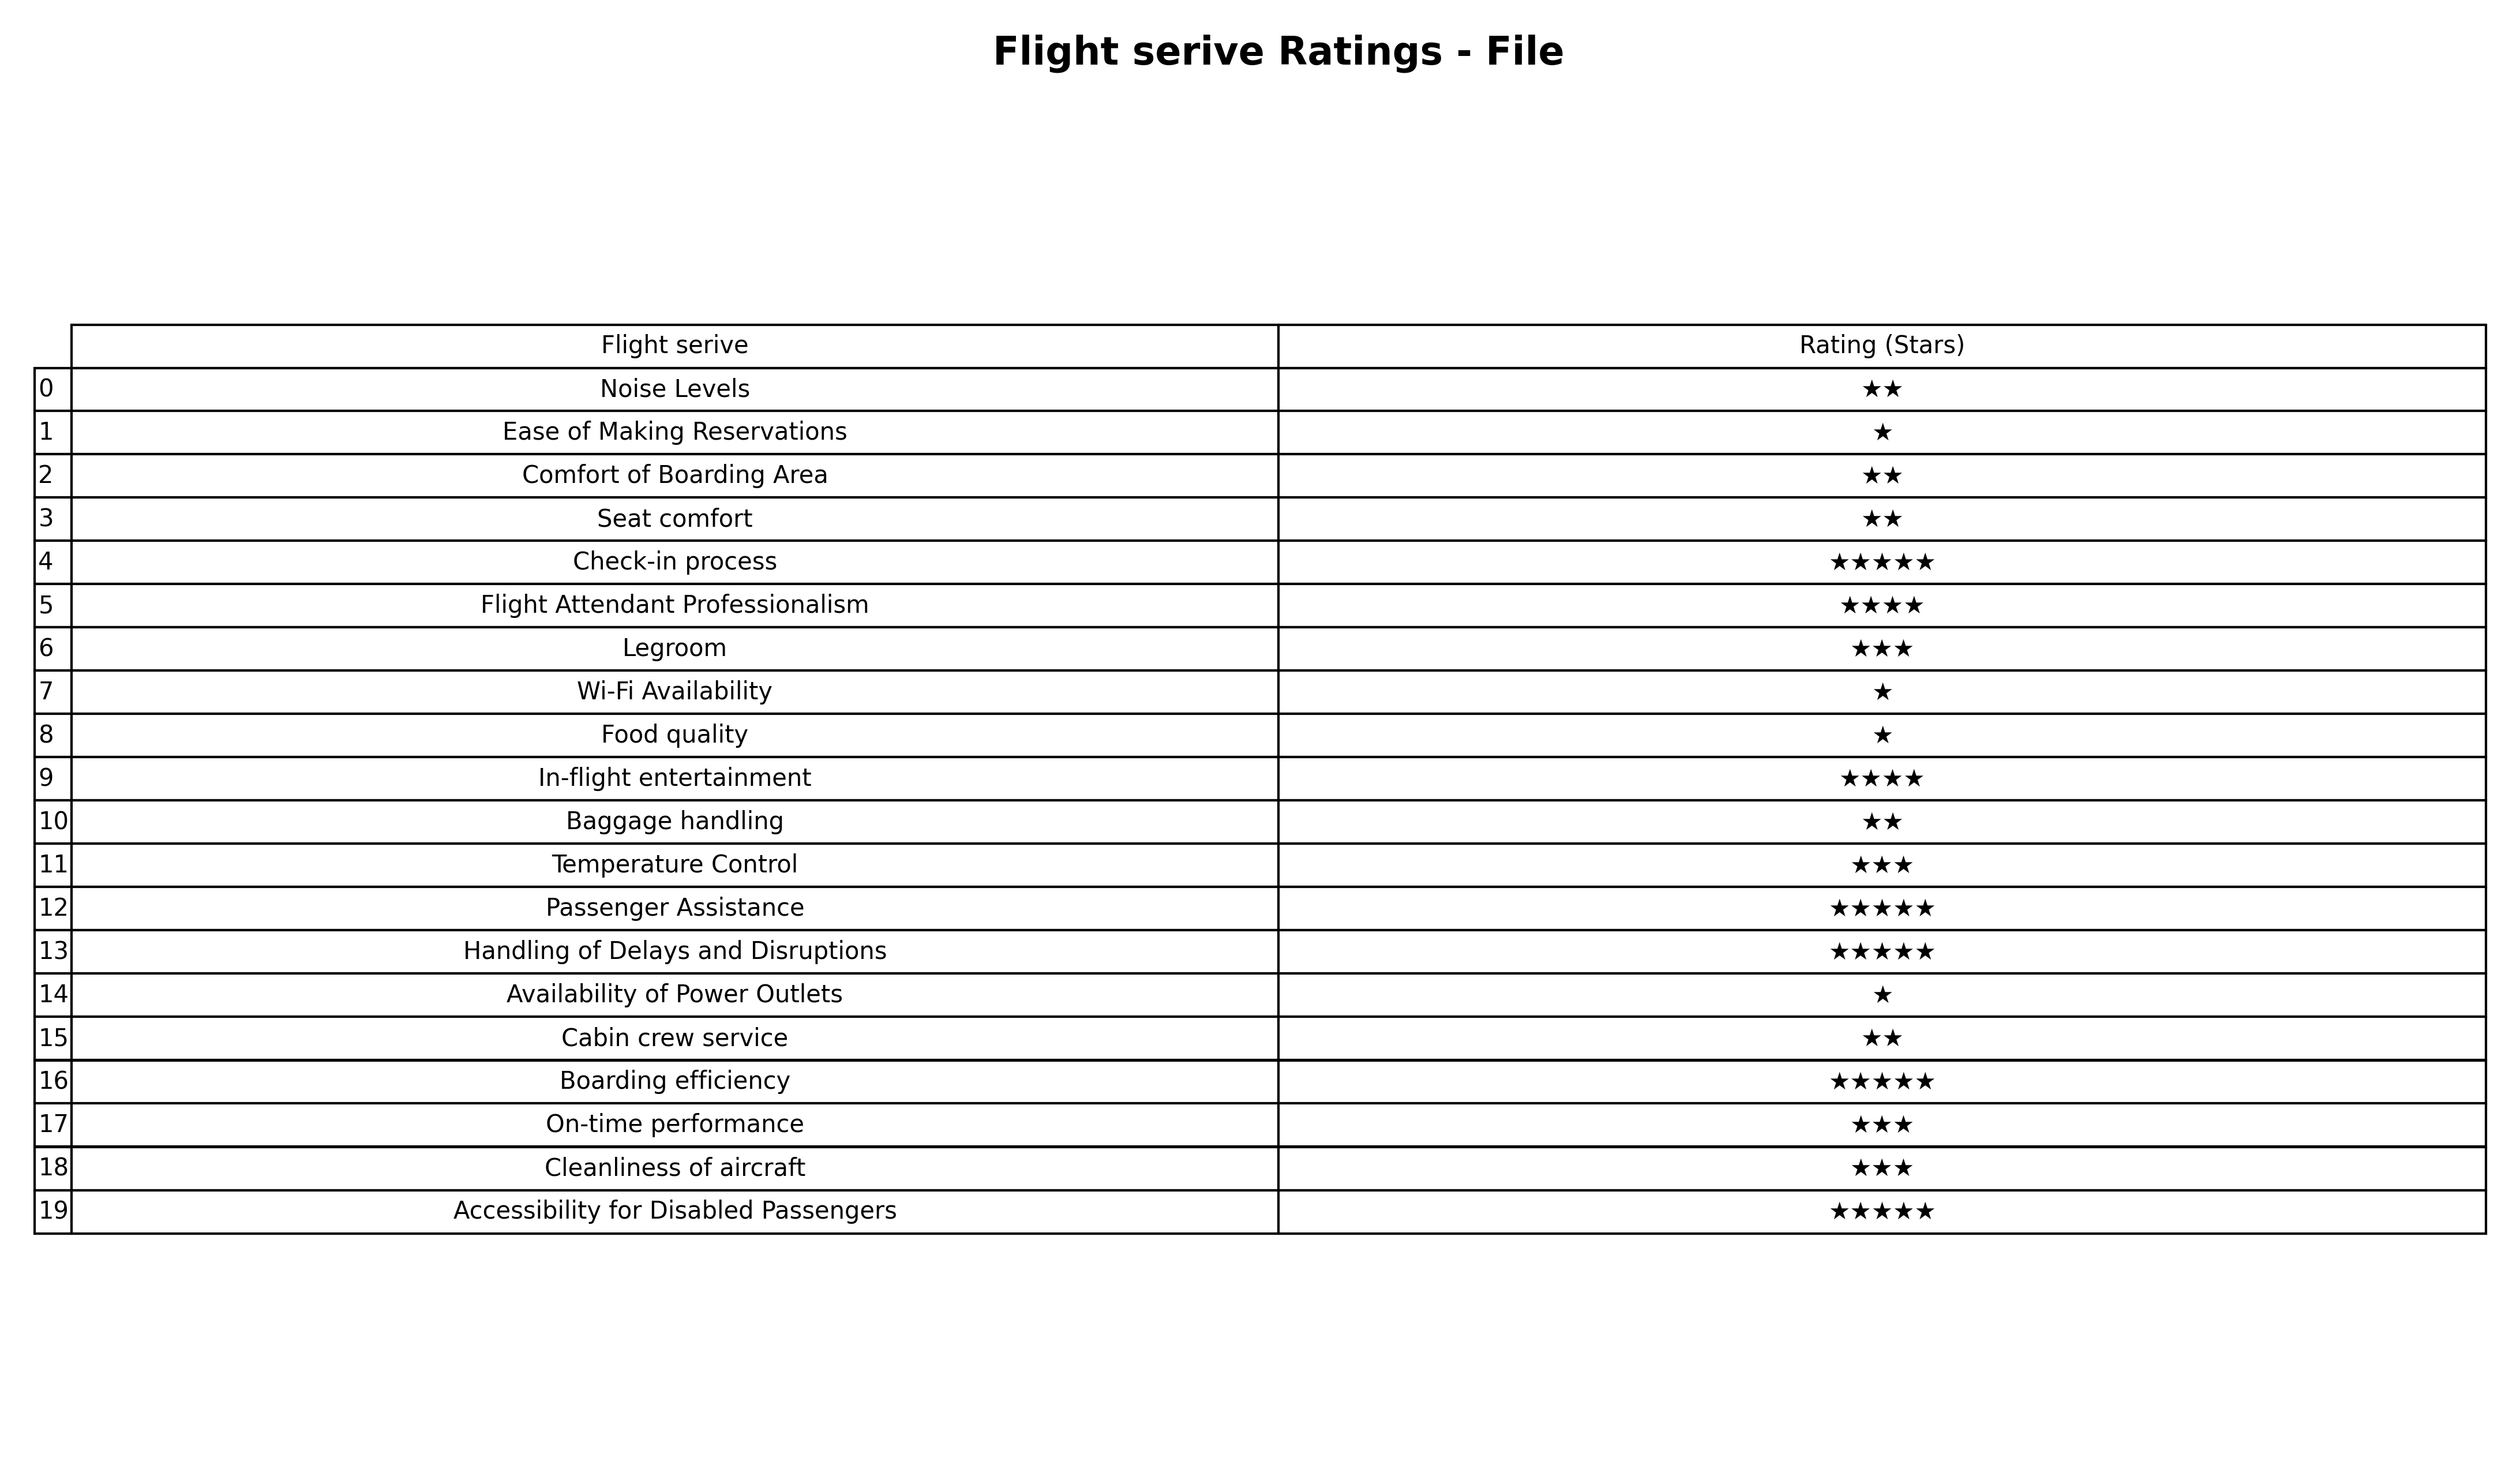
question: What is the rating of Temperature Control?
answer: ★★★